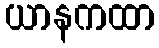
ယာနကထာ